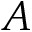
A